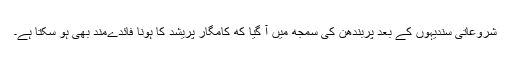
شروعاتی سندیہوں کے بعد پربندھن کی سمجھ میں آ گیا که کامگار پریشد کا ہونا فائدےمند بھی ہو سکتا ہے۔